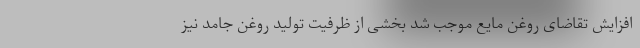
افزایش تقاضای روغن مایع موجب شد بخشی از ظرفیت تولید روغن جامد نیز